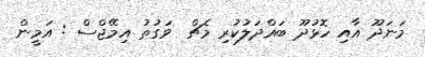
މަނަދޫ އާއި ހޮޅުދޫ ބައްދަލުކުރި މެޗް  ވަގުތު އިމޭޖްސް : އަމީން